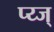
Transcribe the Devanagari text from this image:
प्य्ज्